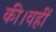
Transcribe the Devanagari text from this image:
की।वहीं